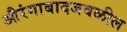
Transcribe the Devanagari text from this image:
औरंगाबादजवळील